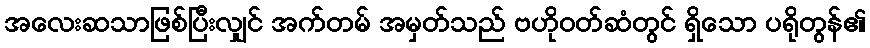
အလေးဆသာဖြစ်ပြီးလျှင် အက်တမ် အမှတ်သည် ဗဟိုဝတ်ဆံတွင် ရှိသော ပရိုတွန်၏